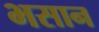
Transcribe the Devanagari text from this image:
भसान